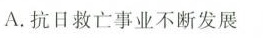
A.抗日救亡事业不断发展